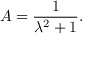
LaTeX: A = { \frac { 1 } { \lambda ^ { 2 } + 1 } } .